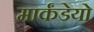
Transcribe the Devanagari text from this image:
मार्कंडेयो